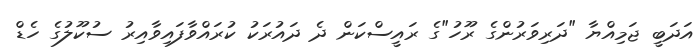
އަދަބީ ޖަމިއްޔާ "ދަރިވަރުންގެ ރޫހު"ގެ ރައީސްކަން ދެ ދައުރަކު ކުރައްވާފައިވާއިރު ސުކޫލުގެ ހެޑް